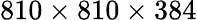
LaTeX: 810\times 810\times 384